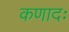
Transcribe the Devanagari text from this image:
कणादः